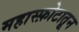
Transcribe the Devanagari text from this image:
महास्फ़ोटातून